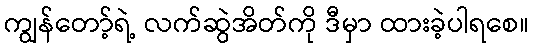
ကျွန်တော့်ရဲ့ လက်ဆွဲအိတ်ကို ဒီမှာ ထားခဲ့ပါရစေ။